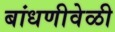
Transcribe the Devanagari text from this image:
बांधणीवेळी